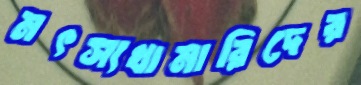
মৎস্যখামারিদের